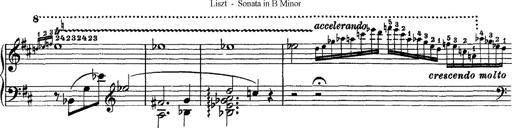
Title: Piano Sonata
Composer: Karl HÃ¤ssler
Key: C major